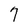
Character: 7